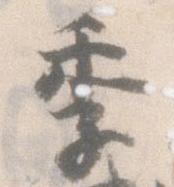
季